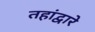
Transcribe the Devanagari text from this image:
तहांद्वारे